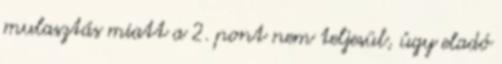
mulasztás miatt a 2. pont nem teljesül, úgy eladó